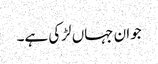
جوان جہاں لڑکی ہے۔